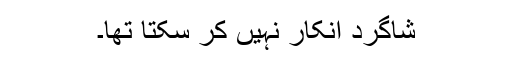
شاگرد انکار نہیں کر سکتا تھا۔